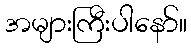
အများကြီးပါနော်။